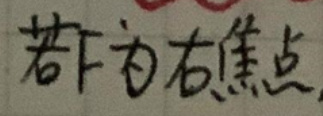
若\(F\)为右焦点